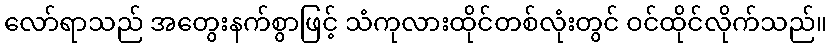
လော်ရာသည် အတွေးနက်စွာဖြင့် သံကုလားထိုင်တစ်လုံးတွင် ဝင်ထိုင်လိုက်သည်။